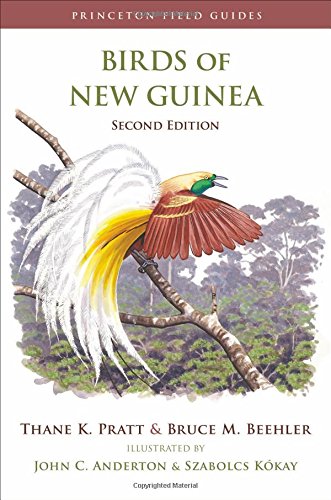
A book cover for Birds of New Guinea: Second edition (Princeton Field Guides); Thane K. Pratt; Travel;